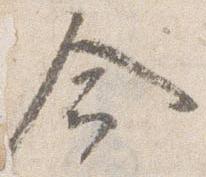
命